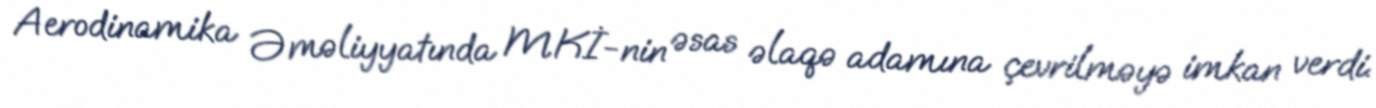
Aerodinamika Əməliyyatında MKİ-nin əsas əlaqə adamına çevrilməyə imkan verdi.